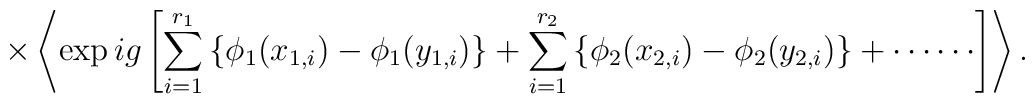
\times \left\langle \exp ig\left[\sum_{i=1}^{r_1}\left\{\phi_1(x_{1,i})-\phi_1(y_{1,i})\right\}+\sum_{i=1}^{r_2}\left\{\phi_2(x_{2,i})-\phi_2(y_{2,i})\right\}+\cdots \cdots \right]\right\rangle.